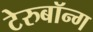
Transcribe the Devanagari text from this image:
टेरुबॉन्ग